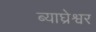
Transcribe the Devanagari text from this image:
ब्याघ्रेश्वर